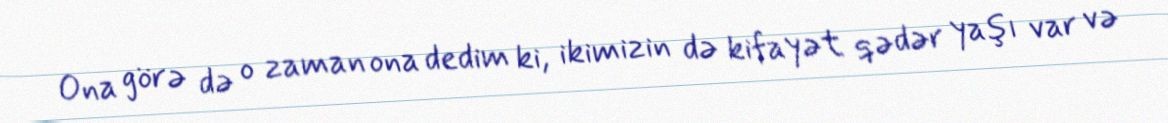
Ona görə də o zaman ona dedim ki, ikimizin də kifayət qədər yaşı var və